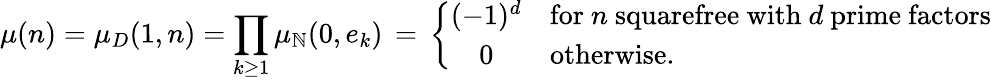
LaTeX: \mu(n)=\mu_{D}(1,n)=\prod_{k\geq 1}\mu_{\mathbb{N}}(0,e_{k})\, =\, \left\{ {\begin{array}{cl}{(-1)^{d}}&{{\mathrm{for~}}n{\mathrm{~squarefree~with~}}d{\mathrm{~prime~factors}}}\\ {0}&{{\mathrm{otherwise.}}}\end{array}}\right.